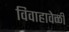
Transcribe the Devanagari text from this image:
विवाहावेळी